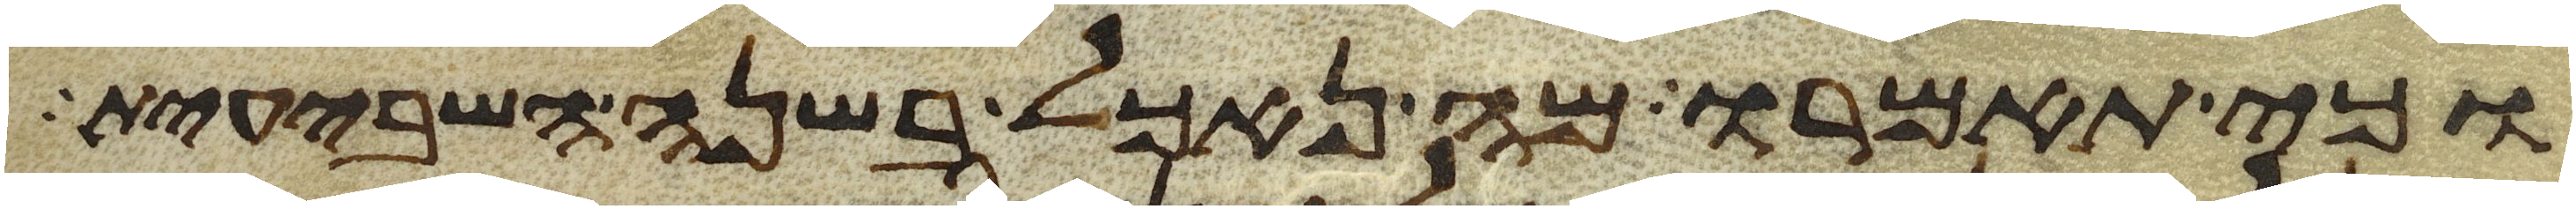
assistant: וכי תאמרו מה נאכל בשנה השביעית